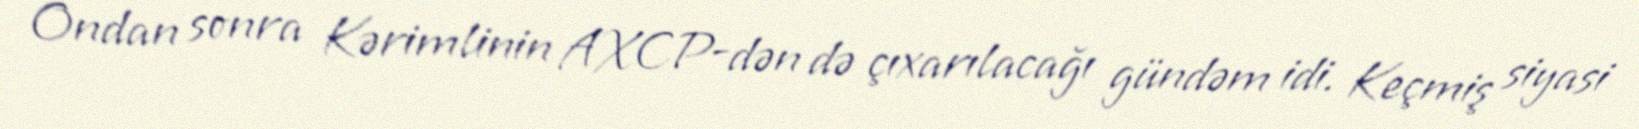
Ondan sonra Kərimlinin AXCP-dən də çıxarılacağı gündəm idi. Keçmiş siyasi